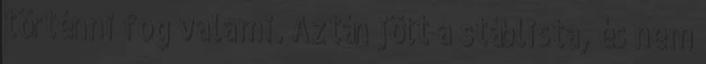
történni fog valami. Aztán jött a stáblista, és nem